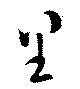
里